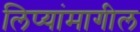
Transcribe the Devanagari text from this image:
लिप्यांमागील